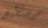
سيستطيع